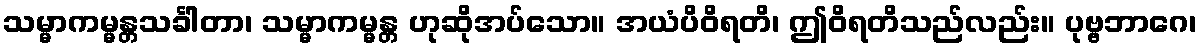
သမ္မာကမ္မန္တသင်္ခါတာ၊ သမ္မာကမ္မန္တ ဟုဆိုအပ်သော။ အယံပိဝိရတိ၊ ဤဝိရတိသည်လည်း။ ပုဗ္ဗဘာဂေ၊